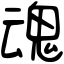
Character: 魂